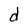
Character: d